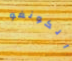
الكونغو